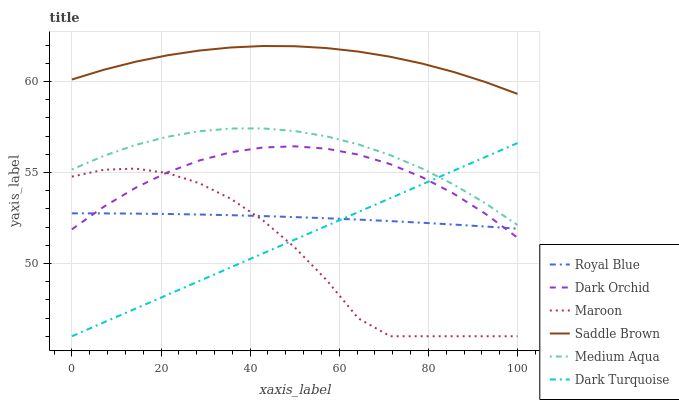
| xaxis_label | Royal Blue | Dark Orchid | Maroon | Saddle Brown | Medium Aqua | Dark Turquoise |
 | --- | --- | --- | --- | --- | --- | --- |
 | 0 | 52.8 | 51.9 | 54.8 | 60.1 | 55.2 | 46 |
 | 7.14 | 52.8 | 53.1 | 55.1 | 60.6 | 55.9 | 46.8 |
 | 14.3 | 52.7 | 54.2 | 55.2 | 61.1 | 56.5 | 47.5 |
 | 21.4 | 52.7 | 55 | 55 | 61.4 | 57 | 48.3 |
 | 28.6 | 52.7 | 55.7 | 54.4 | 61.7 | 57.3 | 49 |
 | 35.7 | 52.7 | 56.1 | 53.5 | 61.9 | 57.4 | 49.8 |
 | 42.9 | 52.6 | 56.4 | 52.4 | 61.9 | 57.4 | 50.5 |
 | 50 | 52.5 | 56.4 | 50.9 | 61.9 | 57.3 | 51.3 |
 | 57.1 | 52.5 | 56.3 | 49.1 | 61.8 | 57 | 52.1 |
 | 64.3 | 52.4 | 56 | 47 | 61.6 | 56.5 | 52.8 |
 | 71.4 | 52.3 | 55.5 | 46 | 61.4 | 56 | 53.6 |
 | 78.6 | 52.2 | 54.7 | 46 | 61 | 55.2 | 54.3 |
 | 85.7 | 52.1 | 53.8 | 46 | 60.5 | 54.3 | 55.1 |
 | 92.9 | 52 | 52.7 | 46 | 60 | 53.3 | 55.9 |
 | 100 | 51.9 | 51.4 | 46 | 59.3 | 52.1 | 56.6 |